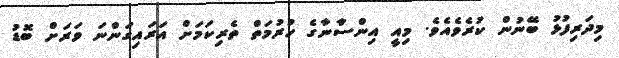
މިދަރިފުޅު ބޭނުން ކުރެވެއެވެ. މިއީ އިންސާނާގެ ހުރުމަތް ތެރިކަމަށް އަރައިގަންނަ ވަރަށް ބޮޑު